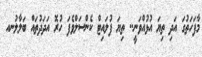
މާފަހަތުގަ އަދި ތިޔަ އުޅުއްވަނީ.. ތިޔަ ފުލައިޓް ކެންސަލްވެފަ ހުރޮ އަދަދުތައް ބަލާލުނއ